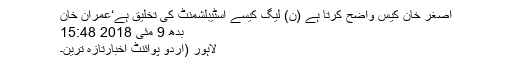
اصغر خان کیس واضح کرتا ہے (ن) لیگ کیسے اسٹیبلشمنٹ کی تخلیق ہے‘عمران خان
بدھ 9 مئی 2018 15:48
لاہور (اُردو پوائنٹ اخبارتازہ ترین۔